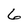
Character: 6